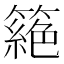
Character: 𥳵